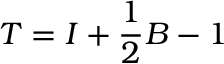
T = I + { \frac { 1 } { 2 } } B - 1